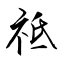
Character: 祗